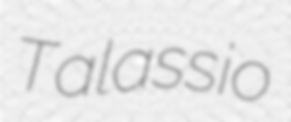
Talassio